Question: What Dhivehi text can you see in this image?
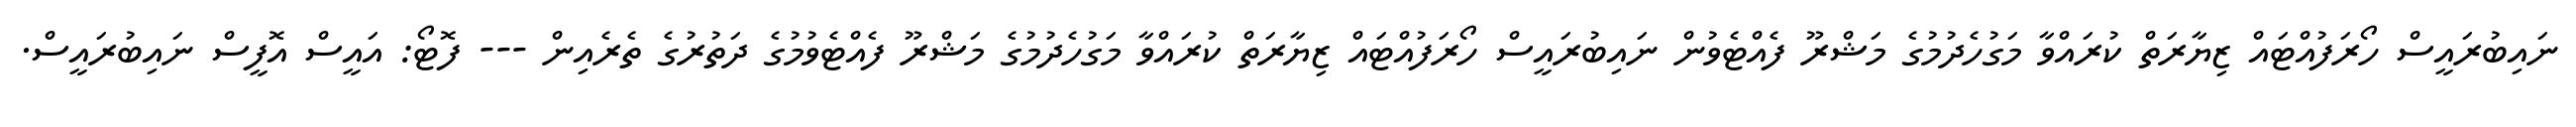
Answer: ނައިބުރައީސް ހޯރަފުއްޓައް ޒިޔާރަތް ކުރައްވާ މަގުހެދުމުގެ މަޝްރޫ ފެއްޓެވުން ނައިބުރައީސް ހޯރަފުއްޓައް ޒިޔާރަތް ކުރައްވާ މަގުހެދުމުގެ މަޝްރޫ ފެއްޓެވުމުގެ ދަތުރުގެ ތެރެއިން --- ފޮޓޯ: އައީސް އޮފީސް ނައިބުރައީސް.